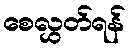
စေလွှတ်ရန်